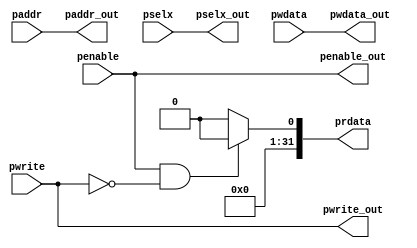
module apb_interface(input penable,pwrite,
                     input [31:0] paddr,pwdata,
                     input [2:0] pselx,
                     output pwrite_out,penable_out,
                     output [31:0] paddr_out, 
                     pwdata_out,prdata,
                     output [2:0] pselx_out);                                       

  reg prdata; 
   assign penable_out = penable,
          pwrite_out = pwrite,
          paddr_out = paddr,
          pwdata_out = pwdata,
          pselx_out = pselx;
   always@(*)
     begin
      if(penable && ~pwrite)
        prdata = $random;
      else
        prdata = 32'h0000_0000;
     end
endmodule